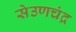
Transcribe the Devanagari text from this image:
सेउणचंद्र